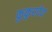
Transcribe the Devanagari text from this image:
कुकुरदेव